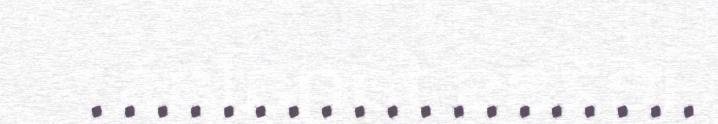
. . . . . . . . . . . . . . . . . . .